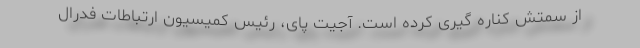
از سمتش کناره گیری کرده است. آجیت پای، رئیس کمیسیون ارتباطات فدرال